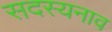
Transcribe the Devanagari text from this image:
सदस्यनाव